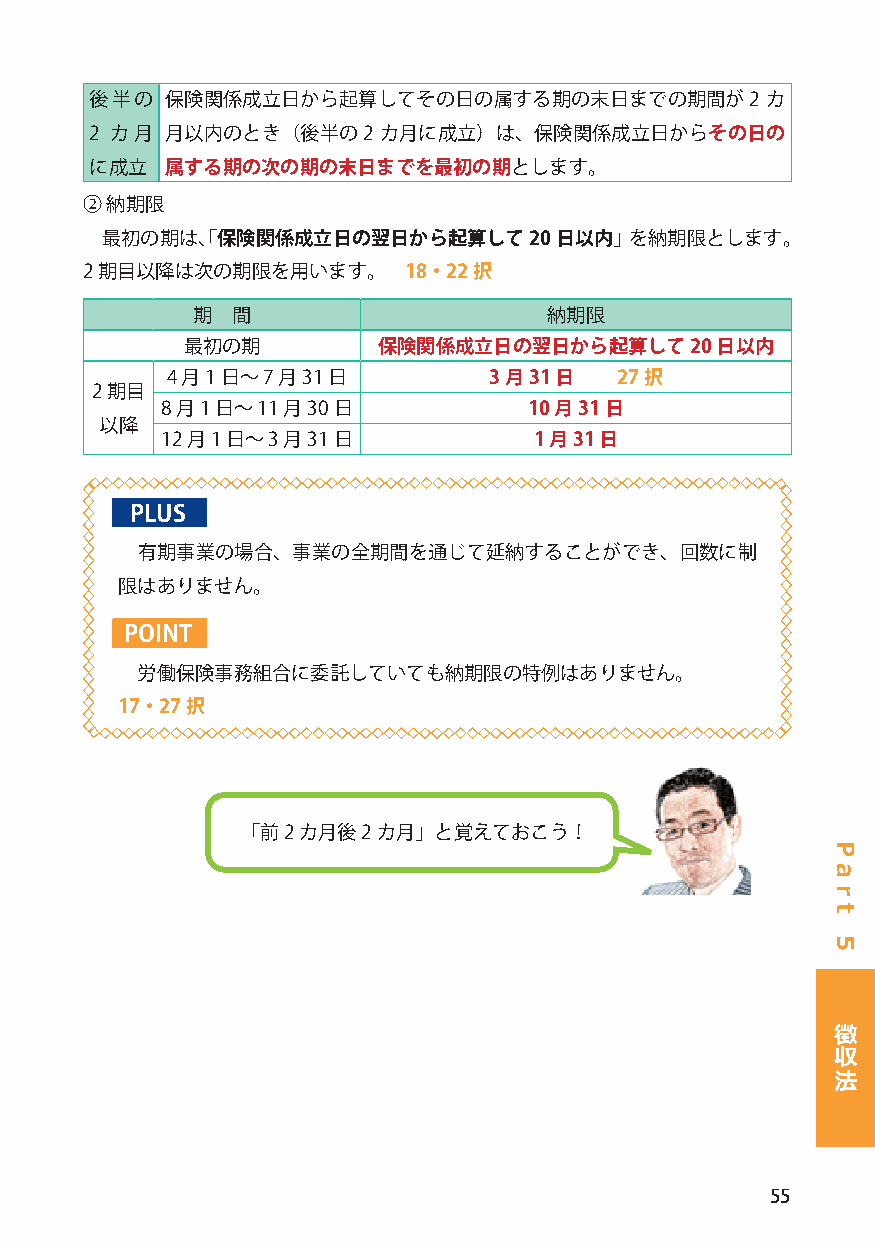
後半の  保険関係成立日から起算してその日の属する期の末日までの期間が2         カ
 2 カ月 月以内のとき（後半の2   カ月に成立）は、保険関係成立日からその日の
 に成立  属する期の次の期の末日までを最初の期とします。
 ② 納期限
 最初の期は、「保険関係成立日の翌日から起算して20     日以内」を納期限とします。
 2 期目以降は次の期限を用います。     18・22択
 期 間                    納期限
 最初の期         保険関係成立日の翌日から起算して20    日以内
 4 月1 日～ 7 月31 日      3 月31 日  27択
 2 期目
 8 月1 日～ 11 月30 日        10 月31 日
 以降
 12 月1 日～ 3 月31 日        1 月31 日
 PLUS
 有期事業の場合、事業の全期間を通じて延納することができ、回数に制
 限はありません。
 POINT
 労働保険事務組合に委託していても納期限の特例はありません。
 17・27択
 「前2 カ月後2 カ月」と覚えておこう！
 徴
 収
 法
 55
 P
 a
 r
 t
 5